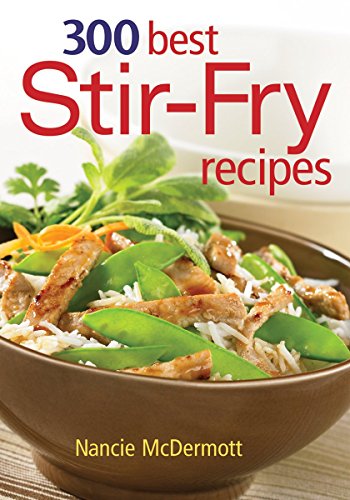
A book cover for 300 Best Stir-Fry Recipes; Cookbooks, Food & Wine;